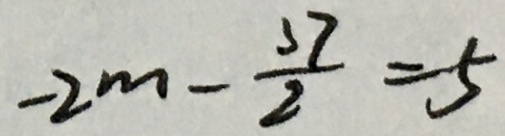
- 2 m - \frac { 3 7 } { 2 } = 5